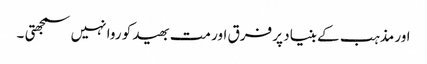
اور مذہب کے بنیاد پر فرق اور مت بھید کو روا نہیں سمجھتی ۔